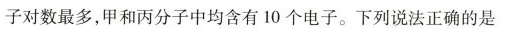
子对数最多，甲和丙分子中均含有10个电子。下列说法正确的是